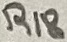
Text: R18